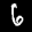
Label: 6